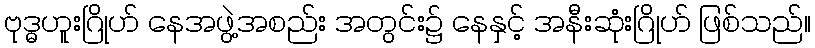
ဗုဒ္ဓဟူးဂြိုဟ် နေအဖွဲ့အစည်း အတွင်း၌ နေနှင့် အနီးဆုံးဂြိုဟ် ဖြစ်သည်။